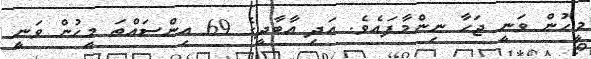
މީހުން ވަނީ ޖަހާ ނިންމާފައެވެ. އަދި އާބާދީގެ 69 އިންސައްތަ މީހުން ވަނީ